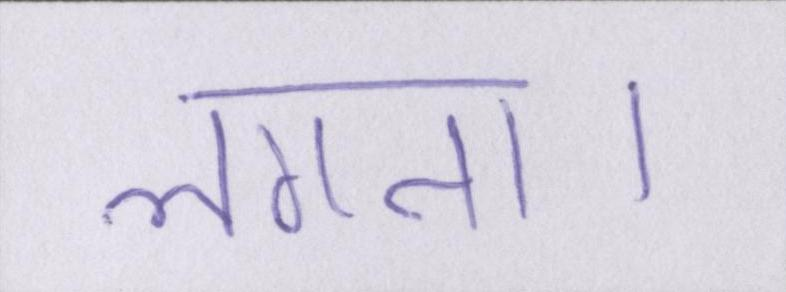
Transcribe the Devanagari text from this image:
लगता।